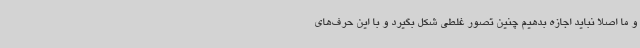
و ما اصلاً نباید اجازه بدهیم چنین تصور غلطی شکل بگیرد و با این حرف‌های